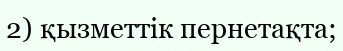
2) қызметтік пернетақта;